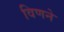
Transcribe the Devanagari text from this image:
विणने